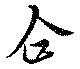
企